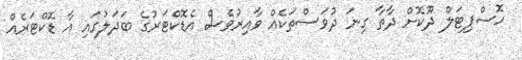
ހޮސްޕިޓަލް ދޫކޮށް ދާތާ ގިނަ ދުވަސްތަކެއް ވާއިރުވެސް އެޑޮކްޓަރުގެ ބަދަލުގައި އާ ޑޮކްޓަރެއް